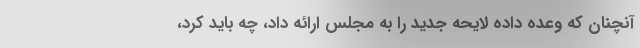
آنچنان که وعده داده لایحه جدید را به مجلس ارائه داد، چه باید کرد،